Problem: 5 × 4 = ?
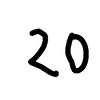
Handwritten answer: 20